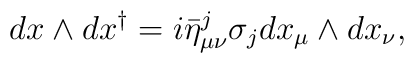
dx \wedge dx^{\dagger}=i\bar{\eta}^j_{\mu\nu}\sigma_jdx_\mu \wedge dx_\nu,